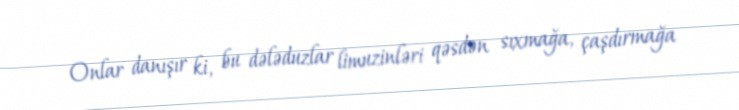
Onlar danışır ki, bu dələduzlar limuzinləri qəsdən sıxmağa, çaşdırmağa